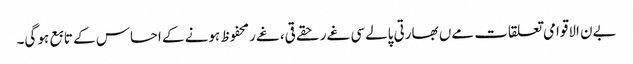
بےن الاقوامی تعلقات مےں بھارتی پالےسی غےر حقےقی، غےر محفوظ ہونے کے احساس کے تابع ہو گی۔